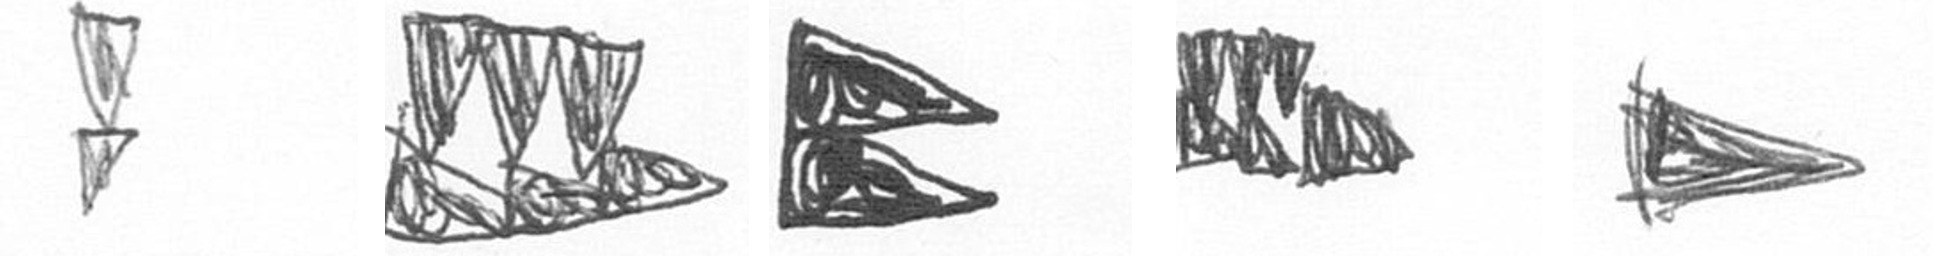
Z D P D T